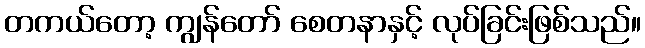
တကယ်တော့ ကျွန်တော် စေတနာနှင့် လုပ်ခြင်းဖြစ်သည်။